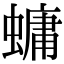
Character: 䗤